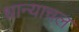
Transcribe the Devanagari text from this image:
धान्याचल